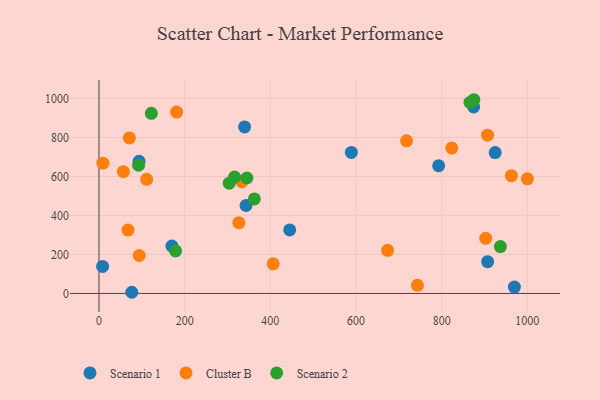
{"axis": {"x": "Investment", "y": "Rating"}, "legend": ["Cluster B", "Scenario 1", "Scenario 2"], "data": [{"x": "8.5", "y": 138.4, "type": "Scenario 1"}, {"x": "343.2", "y": 451.0, "type": "Scenario 1"}, {"x": "445.2", "y": 325.8, "type": "Scenario 1"}, {"x": "924.8", "y": 722.1, "type": "Scenario 1"}, {"x": "874.6", "y": 956.6, "type": "Scenario 1"}, {"x": "589.1", "y": 722.9, "type": "Scenario 1"}, {"x": "969.7", "y": 32.7, "type": "Scenario 1"}, {"x": "339.9", "y": 854.0, "type": "Scenario 1"}, {"x": "76.6", "y": 6.0, "type": "Scenario 1"}, {"x": "792.9", "y": 654.8, "type": "Scenario 1"}, {"x": "907.2", "y": 163.1, "type": "Scenario 1"}, {"x": "170.2", "y": 242.7, "type": "Scenario 1"}, {"x": "93.6", "y": 677.2, "type": "Scenario 1"}, {"x": "93.9", "y": 194.5, "type": "Cluster B"}, {"x": "1000.0", "y": 587.7, "type": "Cluster B"}, {"x": "111.3", "y": 585.1, "type": "Cluster B"}, {"x": "181.3", "y": 929.9, "type": "Cluster B"}, {"x": "9.1", "y": 667.9, "type": "Cluster B"}, {"x": "326.5", "y": 362.9, "type": "Cluster B"}, {"x": "907.0", "y": 811.7, "type": "Cluster B"}, {"x": "406.7", "y": 151.8, "type": "Cluster B"}, {"x": "56.9", "y": 624.4, "type": "Cluster B"}, {"x": "962.8", "y": 604.1, "type": "Cluster B"}, {"x": "718.0", "y": 782.7, "type": "Cluster B"}, {"x": "902.7", "y": 282.8, "type": "Cluster B"}, {"x": "71.0", "y": 797.6, "type": "Cluster B"}, {"x": "743.4", "y": 41.6, "type": "Cluster B"}, {"x": "823.6", "y": 745.4, "type": "Cluster B"}, {"x": "673.8", "y": 220.9, "type": "Cluster B"}, {"x": "67.8", "y": 324.8, "type": "Cluster B"}, {"x": "333.6", "y": 572.9, "type": "Cluster B"}, {"x": "866.0", "y": 979.3, "type": "Scenario 2"}, {"x": "316.5", "y": 596.9, "type": "Scenario 2"}, {"x": "362.6", "y": 484.5, "type": "Scenario 2"}, {"x": "937.0", "y": 240.4, "type": "Scenario 2"}, {"x": "875.1", "y": 993.3, "type": "Scenario 2"}, {"x": "122.2", "y": 923.5, "type": "Scenario 2"}, {"x": "92.5", "y": 657.5, "type": "Scenario 2"}, {"x": "178.8", "y": 217.8, "type": "Scenario 2"}, {"x": "304.1", "y": 565.5, "type": "Scenario 2"}, {"x": "345.2", "y": 591.9, "type": "Scenario 2"}]}